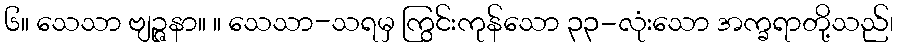
၆။ သေသာ ဗျဉ္ဇနာ။ ။ သေသာ-သရမှ ကြွင်းကုန်သော ၃၃-လုံးသော အက္ခရာတို့သည်၊